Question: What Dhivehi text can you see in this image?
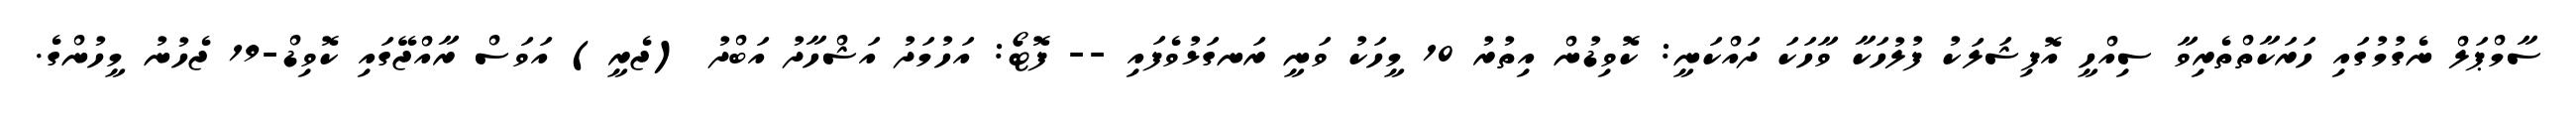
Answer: ސާމްޕަލް ނެގުމުގައި ހަރަކާތްތެރިވާ ސިއްހީ އޮފިޝަލަކު ފުލުހަކާ ވާހަކަ ދައްކަނީ: ކޮވިޑުން އިތުރު 10 މީހަކު ވަނީ ރަނގަޅުވެފައި -- ފޮޓޯ: އަހުމަދު އަޝްހާދު އަބްދު (ޖެރީ) އަވަސް ރާއްޖޭގައި ކޮވިޑް-19 ޖެހުނު މީހުންގެ.